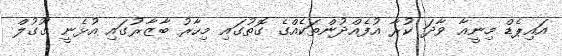
އައިޕެޑް މިނީއާ ވާދަ ކުރާ އުފެއްދުންތަކެއްގެ ގޮތުގައި މިހާރު ބާޒާރުގައި އުޅެނީ ގޫގުލް